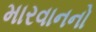
મારવાનનો